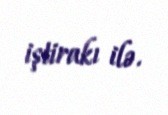
iştirakı ilə.